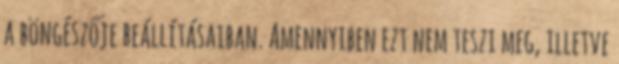
a böngészője beállításaiban. Amennyiben ezt nem teszi meg, illetve